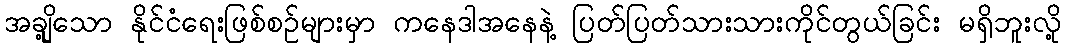
အချို့သော နိုင်ငံရေးဖြစ်စဉ်များမှာ ကနေဒါအနေနဲ့ ပြတ်ပြတ်သားသားကိုင်တွယ်ခြင်း မရှိဘူးလို့